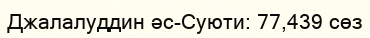
Джалалуддин әс-Суюти: 77,439 сөз